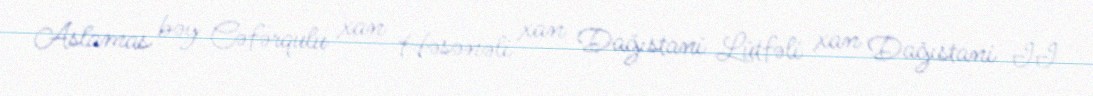
Aslamas bəy Cəfərqulu xan Həsənəli xan Dağıstani Lütfəli xan Dağıstani II